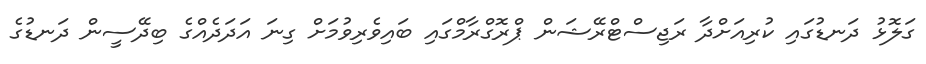
ގަލޮޅު ދަނޑުގައި ކުރިއަށްދާ ރަޖިސްޓްރޭޝަން ޕްރޮގްރާމްގައި ބައިވެރިވުމަށް ގިނަ އަދަދެއްގެ ބިދޭސީން ދަނޑުގެ